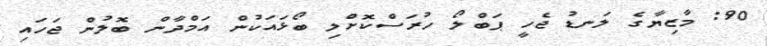
90: މާޒިޔާގެ ލަނޑު ޖެހީ ޕަބްލޯ ހުރަސްކޮށްލި ބޯޅައަކުން އަމްދާން ބޮލުން ޖަހައި